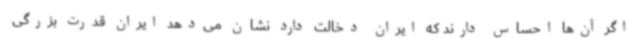
اگر آن‌ها احساس دارند که ایران دخالت دارد نشان می‌دهد ایران قدرت بزرگی